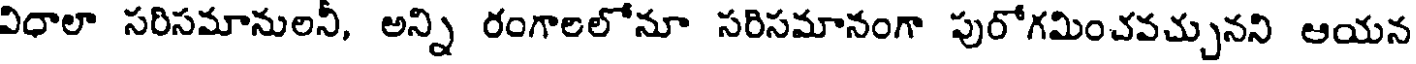
విధాలా సరిసమానులనీ, అన్ని రంగాలలోనూ సరిసమానంగా పురోగమించవచ్చునని ఆయన